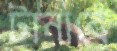
টানাবে